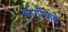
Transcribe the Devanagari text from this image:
कार्गोकडे